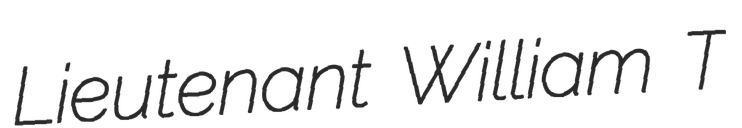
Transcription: Lieutenant William T